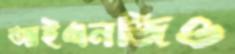
আইএনজিও